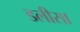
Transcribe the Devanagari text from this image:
डलीसा